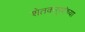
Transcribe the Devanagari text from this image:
शेतकऱ्य़ांच्या